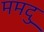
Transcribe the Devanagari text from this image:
ममदु